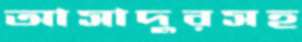
আসাদুরসহ